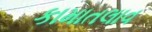
કામાતલાવ